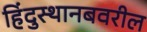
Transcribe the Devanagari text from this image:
हिंदुस्थानबवरील